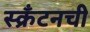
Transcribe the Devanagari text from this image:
स्क्रँटनची